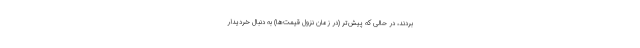
بردند، در حالی که پیش‌تر (در زمان نزول قیمت‌ها) به دنبال خردیدار